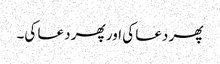
پھر دعا کی اور پھر دعا کی۔